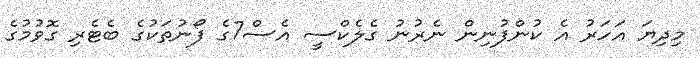
މިދިޔަ އަހަރު އެ ކުންފުނިން ނެރުނު ގެލެކްސީ އެސް7ގެ ފޯނުތަކުގެ ބެޓެރި ގޮވުމުގެ